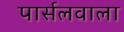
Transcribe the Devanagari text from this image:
पार्सलवाला